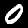
Label: 0